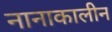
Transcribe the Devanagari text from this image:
नानाकालीन